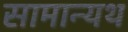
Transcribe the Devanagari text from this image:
सामान्यथ